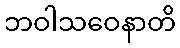
ဘဝါသဝေနာတိ